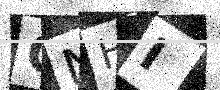
Text: QNHI